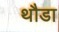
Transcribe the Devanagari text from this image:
थौडा